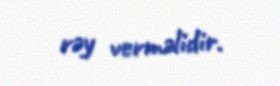
rəy verməlidir.